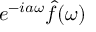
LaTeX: e ^ { - i a \omega } { \hat { f } } ( \omega )